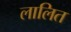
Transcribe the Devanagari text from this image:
लालित